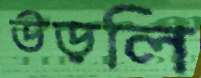
উড়লি